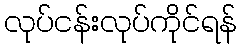
လုပ်ငန်းလုပ်ကိုင်ရန်